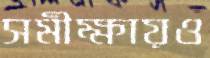
সমীক্ষায়ও